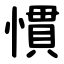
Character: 慣